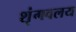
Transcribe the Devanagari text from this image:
शृंगवलय